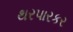
થરપારકર